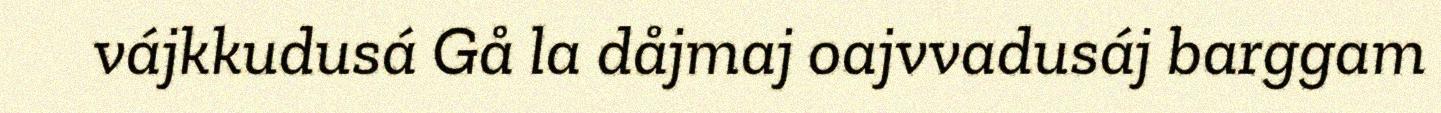
vájkkudusá Gå la dåjmaj oajvvadusáj barggam